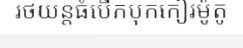
រថយន្តធំបើកបុកកៀរម៉ូតូ